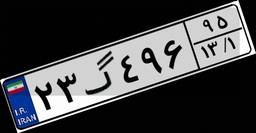
۵۱گ۳۶۳۷۰